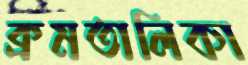
ক্রমতালিকা